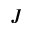
J